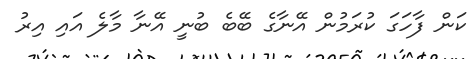
ކަން ފާހަގަ ކުރަމުން އޭނާގެ ބޭބެ ބުނީ އޭނާ މާލެ އައި އިރު